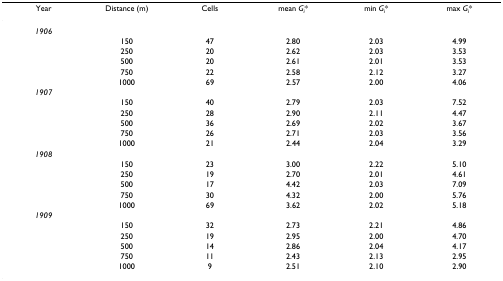
<table><thead><tr><td><b>Year</b></td><td><b>Distance (m)</b></td><td><b>Cells</b></td><td><b>mean <i>G</i><sub><i>i</i></sub>*</b></td><td><b>min <i>G</i><sub><i>i</i></sub>*</b></td><td><b>max <i>G</i><sub><i>i</i></sub>*</b></td></tr></thead><tbody><tr><td><i>1906</i></td><td></td><td></td><td></td><td></td><td></td></tr><tr><td></td><td>150</td><td>47</td><td>2.80</td><td>2.03</td><td>4.99</td></tr><tr><td></td><td>250</td><td>20</td><td>2.62</td><td>2.03</td><td>3.53</td></tr><tr><td></td><td>500</td><td>20</td><td>2.61</td><td>2.01</td><td>3.53</td></tr><tr><td></td><td>750</td><td>22</td><td>2.58</td><td>2.12</td><td>3.27</td></tr><tr><td></td><td>1000</td><td>69</td><td>2.57</td><td>2.00</td><td>4.06</td></tr><tr><td><i>1907</i></td><td></td><td></td><td></td><td></td><td></td></tr><tr><td></td><td>150</td><td>40</td><td>2.79</td><td>2.03</td><td>7.52</td></tr><tr><td></td><td>250</td><td>28</td><td>2.90</td><td>2.11</td><td>4.47</td></tr><tr><td></td><td>500</td><td>36</td><td>2.69</td><td>2.02</td><td>3.67</td></tr><tr><td></td><td>750</td><td>26</td><td>2.71</td><td>2.03</td><td>3.56</td></tr><tr><td></td><td>1000</td><td>21</td><td>2.44</td><td>2.04</td><td>3.29</td></tr><tr><td><i>1908</i></td><td></td><td></td><td></td><td></td><td></td></tr><tr><td></td><td>150</td><td>23</td><td>3.00</td><td>2.22</td><td>5.10</td></tr><tr><td></td><td>250</td><td>19</td><td>2.70</td><td>2.01</td><td>4.61</td></tr><tr><td></td><td>500</td><td>17</td><td>4.42</td><td>2.03</td><td>7.09</td></tr><tr><td></td><td>750</td><td>30</td><td>4.32</td><td>2.00</td><td>5.76</td></tr><tr><td></td><td>1000</td><td>69</td><td>3.62</td><td>2.02</td><td>5.18</td></tr><tr><td><i>1909</i></td><td></td><td></td><td></td><td></td><td></td></tr><tr><td></td><td>150</td><td>32</td><td>2.73</td><td>2.21</td><td>4.86</td></tr><tr><td></td><td>250</td><td>19</td><td>2.95</td><td>2.00</td><td>4.70</td></tr><tr><td></td><td>500</td><td>14</td><td>2.86</td><td>2.04</td><td>4.17</td></tr><tr><td></td><td>750</td><td>11</td><td>2.43</td><td>2.13</td><td>2.95</td></tr><tr><td></td><td>1000</td><td>9</td><td>2.51</td><td>2.10</td><td>2.90</td></tr></tbody></table>